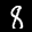
Label: 8